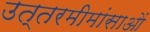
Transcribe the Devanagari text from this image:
उत्तरमीमांसाओं